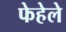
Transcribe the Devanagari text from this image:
फेहेले